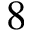
8